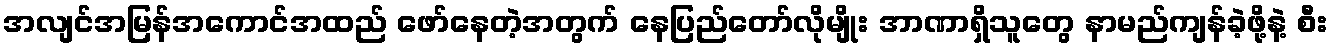
အလျင်အမြန်အကောင်အထည် ဖော်နေတဲ့အတွက် နေပြည်တော်လိုမျိုး အာဏာရှိသူတွေ နာမည်ကျန်ခဲ့ဖို့နဲ့ စီး